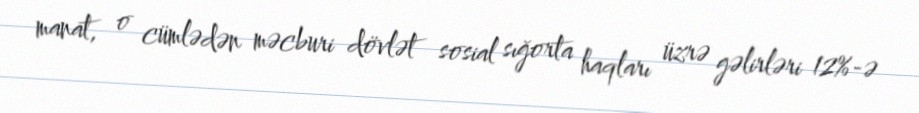
manat, o cümlədən məcburi dövlət sosial sığorta haqları üzrə gəlirləri 12%-ə